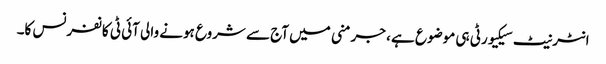
انٹرنیٹ سیکیورٹی ہی موضوع ہے ، جرمنی میں آج سے شروع ہونے والی آئی ٹی کانفرنس کا۔